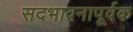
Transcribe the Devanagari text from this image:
सदभावनापूर्वक